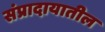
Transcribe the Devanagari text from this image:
संप्रादायातील